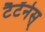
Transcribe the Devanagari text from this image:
टैटॅनेस्